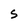
Character: S